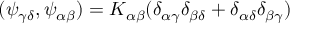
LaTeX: ( \psi _ { \gamma \delta } , \psi _ { \alpha \beta } ) = K _ { \alpha \beta } ( \delta _ { \alpha \gamma } \delta _ { \beta \delta } + \delta _ { \alpha \delta } \delta _ { \beta \gamma } )